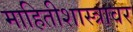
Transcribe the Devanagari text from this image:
माहितीशास्त्रावर